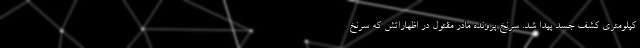
کیلومتری کشف جسد پیدا شد. سرنخ پرونده مادر مقتول در اظهاراتش که سرنخ